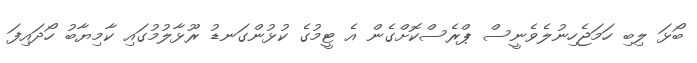
ބޯޅަ ލިބި ހަމަޖެހިނުލެވެނީސް ޕްރެސްކޮށްގެން އެ ޓީމުގެ ކުޅުންގަނޑު ރޫޅާލުމުގައި ކާމިޔާބު ހޯދައިފަ